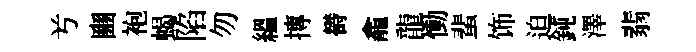
𠔃豳袍蝎陷勿緼摶欎龕龍慟蜚饰迫鈍澤翡